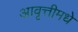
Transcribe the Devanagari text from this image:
आवृत्तीमधे